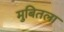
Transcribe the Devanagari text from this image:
मुबितला